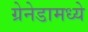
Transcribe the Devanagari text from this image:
ग्रेनेडामध्ये